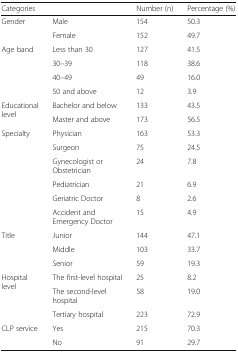
<table><thead><tr><td colspan="2"><b>Categories</b></td><td><b>Number (n)</b></td><td><b>Percentage (%)</b></td></tr></thead><tbody><tr><td rowspan="2">Gender</td><td>Male</td><td>154</td><td>50.3</td></tr><tr><td>Female</td><td>152</td><td>49.7</td></tr><tr><td rowspan="4">Age band</td><td>Less than 30</td><td>127</td><td>41.5</td></tr><tr><td>30–39</td><td>118</td><td>38.6</td></tr><tr><td>40–49</td><td>49</td><td>16.0</td></tr><tr><td>50 and above</td><td>12</td><td>3.9</td></tr><tr><td rowspan="2">Educational level</td><td>Bachelor and below</td><td>133</td><td>43.5</td></tr><tr><td>Master and above</td><td>173</td><td>56.5</td></tr><tr><td rowspan="6">Specialty</td><td>Physician</td><td>163</td><td>53.3</td></tr><tr><td>Surgeon</td><td>75</td><td>24.5</td></tr><tr><td>Gynecologist or Obstetrician</td><td>24</td><td>7.8</td></tr><tr><td>Pediatrician</td><td>21</td><td>6.9</td></tr><tr><td>Geriatric Doctor</td><td>8</td><td>2.6</td></tr><tr><td>Accident and Emergency Doctor</td><td>15</td><td>4.9</td></tr><tr><td rowspan="3">Title</td><td>Junior</td><td>144</td><td>47.1</td></tr><tr><td>Middle</td><td>103</td><td>33.7</td></tr><tr><td>Senior</td><td>59</td><td>19.3</td></tr><tr><td rowspan="3">Hospital level</td><td>The first-level hospital</td><td>25</td><td>8.2</td></tr><tr><td>The second-level hospital</td><td>58</td><td>19.0</td></tr><tr><td>Tertiary hospital</td><td>223</td><td>72.9</td></tr><tr><td rowspan="2">CLP service</td><td>Yes</td><td>215</td><td>70.3</td></tr><tr><td>No</td><td>91</td><td>29.7</td></tr></tbody></table>